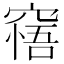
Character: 𥧝